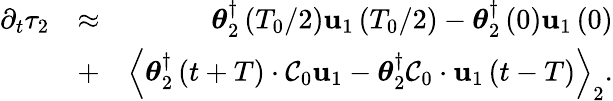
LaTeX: \begin{array}{rlr}{\partial_{t}\tau_{2}}&{\approx}&{\boldsymbol{\theta}_{2}^{\dagger}\left(T_{0}/2\right)\mathbf{u}_{1}\left(T_{0}/2\right)-\boldsymbol{\theta}_{2}^{\dagger}\left(0\right)\mathbf{u}_{1}\left(0\right)}\\ &{+}&{\left\langle\boldsymbol{\theta}_{2}^{\dagger}\left(t+T\right)\cdot{\cal C}_{0}\mathbf{u}_{1}-\boldsymbol{\theta}_{2}^{\dagger}{\cal C}_{0}\cdot\mathbf{u}_{1}\left(t-T\right)\right\rangle_{2}.}\end{array}